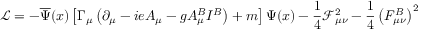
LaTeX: \mathcal { L } = - \overline { { { \Psi } } } ( x ) \left[ \Gamma _ { \mu } \left( \partial _ { \mu } - i e A _ { \mu } - g A _ { \mu } ^ { B } I ^ { B } \right) + m \right] \Psi ( x ) - \frac 1 4 \mathcal { F } _ { \mu \nu } ^ { 2 } - \frac 1 4 \left( F _ { \mu \nu } ^ { B } \right) ^ { 2 }